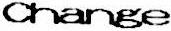
CHANGE